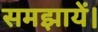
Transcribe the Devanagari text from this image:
समझायें।